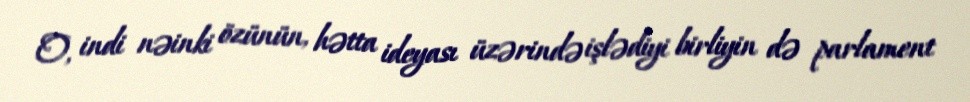
O, indi nəinki özünün, hətta ideyası üzərində işlədiyi birliyin də parlament